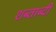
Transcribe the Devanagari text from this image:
शब्ताब्दी